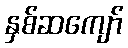
နှစ်ဆကျော်